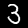
Digit: 3